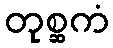
တုစ္ဆကံ